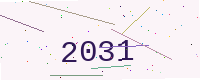
Text: 2031